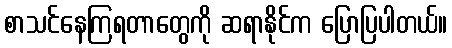
စာသင်နေကြရတာတွေကို ဆရာနိုင်က ပြောပြပါတယ်။